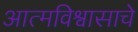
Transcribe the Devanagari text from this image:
आत्मविश्वासाचे